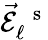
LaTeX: \vec{\mathcal{E}}_{\ell}^{\mathrm{~\, ~s~}}